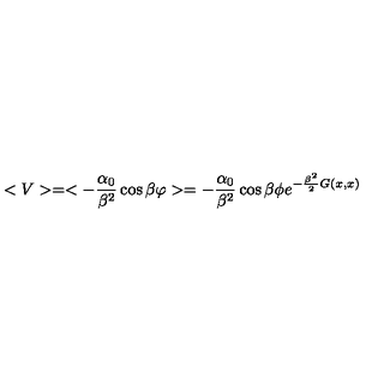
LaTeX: < V > = < - { \frac { \alpha _ { 0 } } { \beta ^ { 2 } } } \cos \beta \varphi > = - { \frac { \alpha _ { 0 } } { \beta ^ { 2 } } } \cos \beta \phi e ^ { - { \frac { \beta ^ { 2 } } { 2 } } G ( x , x ) }